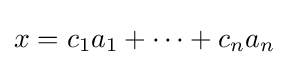
x=c_{1}a_{1}+\cdots +c_{n}a_{n}